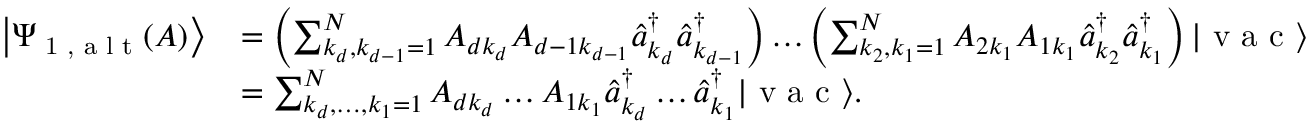
\begin{array} { r l } { \left| \Psi _ { \textrm { 1 , a l t } } ( A ) \right\rangle } & { = \left( \sum _ { k _ { d } , k _ { d - 1 } = 1 } ^ { N } A _ { d k _ { d } } A _ { d - 1 k _ { d - 1 } } \hat { a } _ { k _ { d } } ^ { \dagger } \hat { a } _ { k _ { d - 1 } } ^ { \dagger } \right) \ldots \left( \sum _ { k _ { 2 } , k _ { 1 } = 1 } ^ { N } A _ { 2 k _ { 1 } } A _ { 1 k _ { 1 } } \hat { a } _ { k _ { 2 } } ^ { \dagger } \hat { a } _ { k _ { 1 } } ^ { \dagger } \right) | \textrm { v a c } \rangle } \\ & { = \sum _ { k _ { d } , \ldots , k _ { 1 } = 1 } ^ { N } A _ { d k _ { d } } \ldots A _ { 1 k _ { 1 } } \hat { a } _ { k _ { d } } ^ { \dagger } \ldots \hat { a } _ { k _ { 1 } } ^ { \dagger } | \textrm { v a c } \rangle . } \end{array}